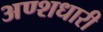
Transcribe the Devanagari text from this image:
अण्शधारी